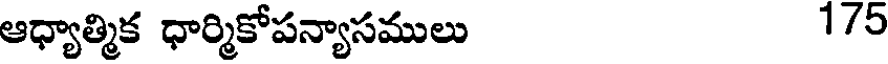
ఆధ్యాత్మిక ధార్మికోపన్యాసములు 1/5